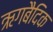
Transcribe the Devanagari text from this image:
ऋगबैदिक